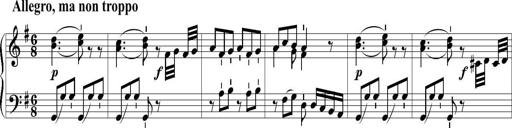
Title: 6 Leichte Sonatinen, Teil 1
Composer: F. Sigismund Sander